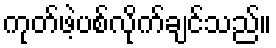
ကုတ်ဖဲ့ပစ်လိုက်ချင်သည်။